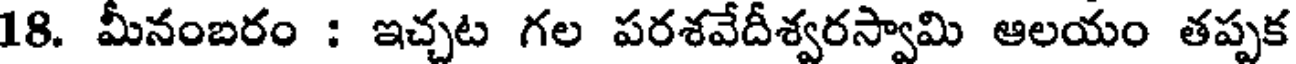
18. మీనంబరం : ఇచ్చట గల పరశవేదీశ్వరస్వామి ఆలయం తప్పక